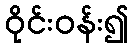
ဝိုင်းဝန်း၍